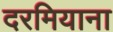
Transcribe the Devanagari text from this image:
दरमियाना